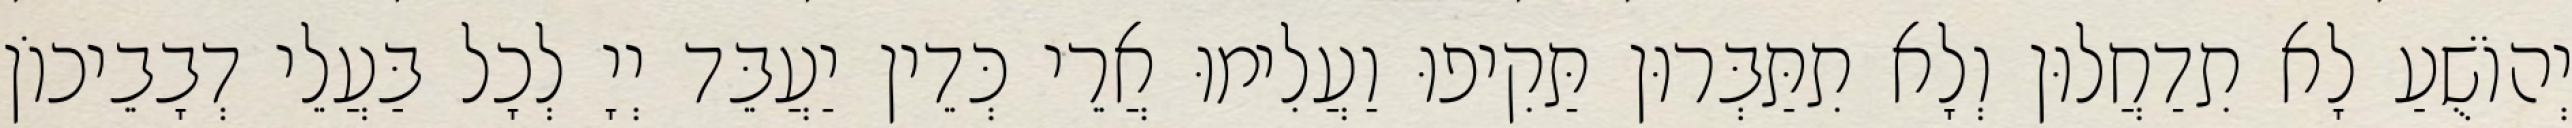
יְהוֹשֻׁעַ לָא תִדַחֲלוּן וְלָא תִתַּבְּרוּן תַּקִיפוּ וַעֲלִימוּ אֲרֵי כְּדֵין יַעֲבֵּד יְיָ לְכָל בַּעֲלֵי דְבָבֵיכוֹן